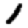
Digit: 1